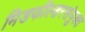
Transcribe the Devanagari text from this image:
मिडफील्डरसंयुक्त